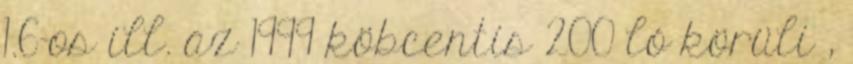
1.6-os ill. az 1999 köbcentis 200 ló körüli ,